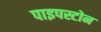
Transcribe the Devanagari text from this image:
पाइपस्टोन